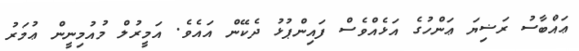
ޢައްބާސު ރަޟިޔަ ޢަންހުގެ އަޅެއްވެސް ފައިންޕުޅު ދެކޭން އައެވެ. އަމީރުލް މުއުމިނީން ޢުމަރު